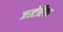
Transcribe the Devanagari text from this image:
जस्टेरिया